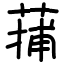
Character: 蒱